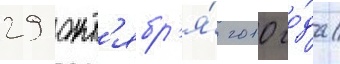
29 окт'ябр'я́ 2010 го́да